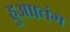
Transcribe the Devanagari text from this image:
हुआ।तंग